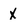
Character: X